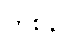
ကွစနိ